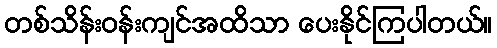
တစ်သိန်းဝန်းကျင်အထိသာ ပေးနိုင်ကြပါတယ်။